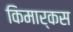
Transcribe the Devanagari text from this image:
किमार्कस